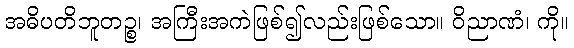
အဓိပတိဘူတဉ္စ၊ အကြီးအကဲဖြစ်၍လည်းဖြစ်သော။ ဝိညာဏံ၊ ကို။